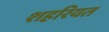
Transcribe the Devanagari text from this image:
शहरियत